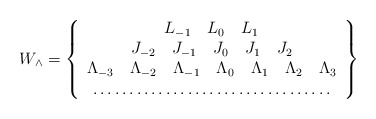
\begin{align*}W_{\wedge}= \left\{\begin{array}{c}L_{-1} \quad L_{0} \quad L_{1} \\J_{-2} \quad J_{-1} \quad J_{0} \quad J_{1} \quad J_{2} \\\Lambda_{-3} \quad \Lambda_{-2} \quad \Lambda_{-1} \quad \Lambda_{0} \quad \Lambda_{1} \quad \Lambda_{2} \quad \Lambda_{3} \\\ldots\ldots \ldots \ldots\ldots\ldots \ldots \ldots \ldots \ldots \ldots \\\end{array} \right\}\end{align*}